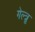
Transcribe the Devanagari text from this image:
गेल्त्रू